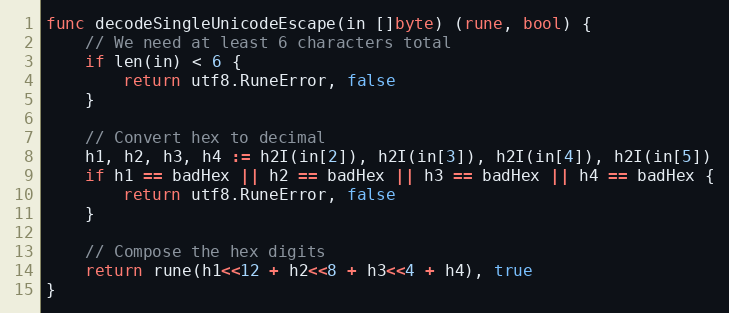
Language: Go
func decodeSingleUnicodeEscape(in []byte) (rune, bool) {
	// We need at least 6 characters total
	if len(in) < 6 {
		return utf8.RuneError, false
	}

	// Convert hex to decimal
	h1, h2, h3, h4 := h2I(in[2]), h2I(in[3]), h2I(in[4]), h2I(in[5])
	if h1 == badHex || h2 == badHex || h3 == badHex || h4 == badHex {
		return utf8.RuneError, false
	}

	// Compose the hex digits
	return rune(h1<<12 + h2<<8 + h3<<4 + h4), true
}